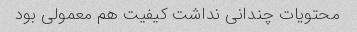
محتویات چندانی نداشت کیفیت هم معمولی بود